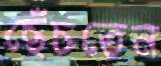
ছেঁচতেন